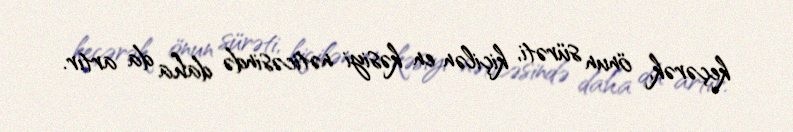
keçərək, önun sürəti, kiçilən en kəsiyi nəticəsində daha da artır.